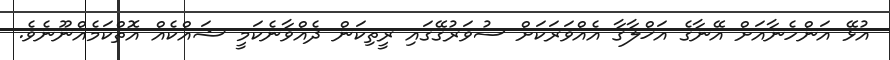
އުޅޭ އަންހެނާއަށް އޭނާގެ އަޚްލާޤާ އެއްވަރަކަށް ސުވަރުގޭގައި ރީތިކަން ދެއްވާނެކަމީ ޝައްކެއް އޮތްކަމެއްނޫނެވެ.